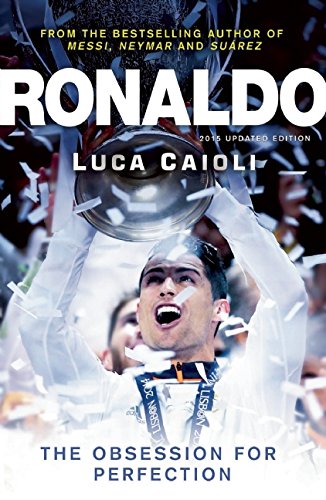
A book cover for Ronaldo: The Obsession for Perfection; Luca Caioli; Biographies & Memoirs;